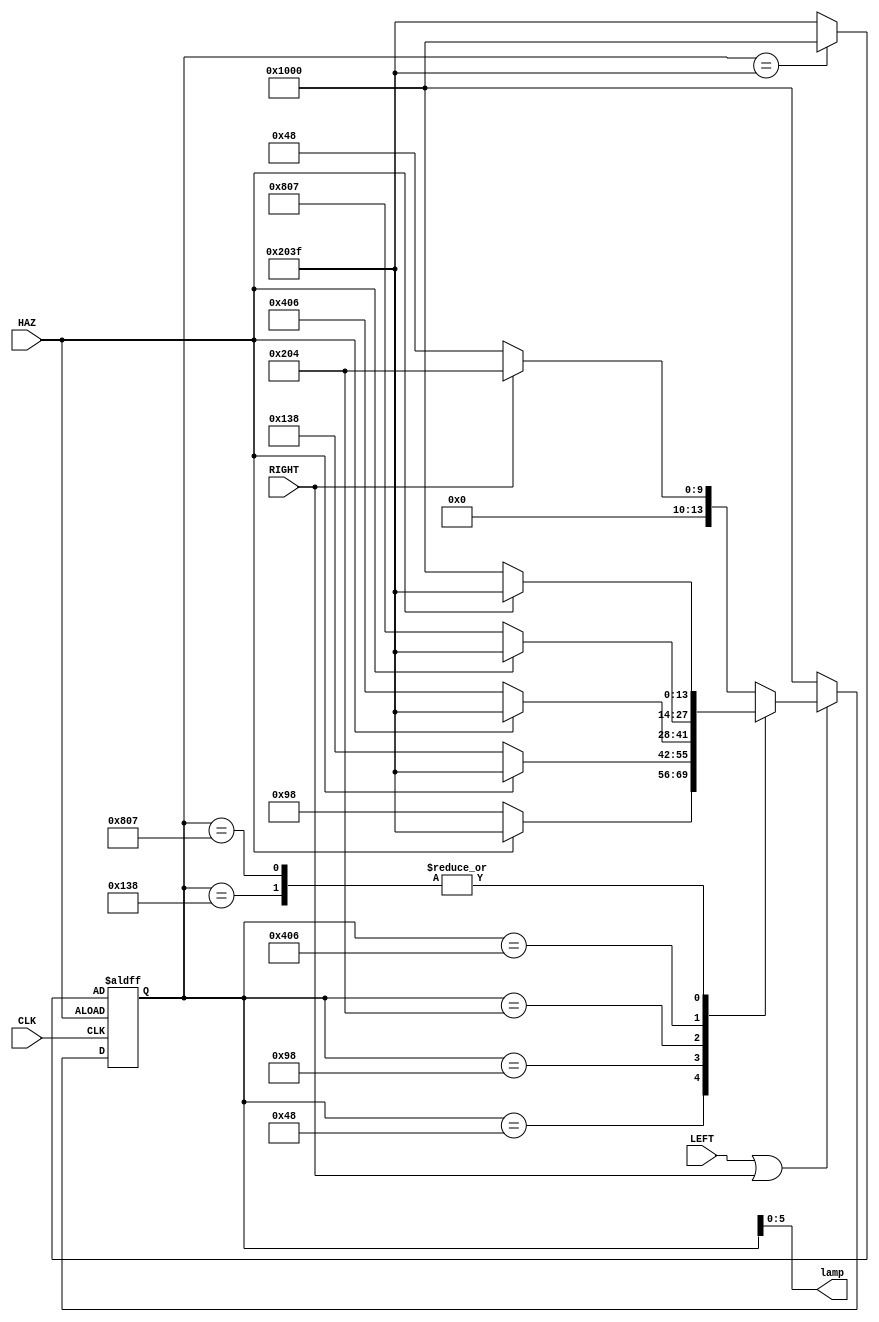
// 
// HAZLEFTRIGHT
// lamp
module taillamp(
    input CLK, HAZ, LEFT, RIGHT,
    output [5:0] lamp
  );

  reg[13:0] CurrentState, NextState;   // outlamp

  // 
  parameter L1 = 14'b00000001_001_000, L2 = 14'b00000010_011_000, L3 = 14'b00000100_111_000;
  parameter R1 = 14'b00001000_000_100, R2 = 14'b00010000_000_110, R3 = 14'b00100000_000_111;
  parameter IDLE = 14'b01000000_000_000, LR3 = 14'b10000000_111_111;

  // 
  always @(posedge CLK, posedge HAZ)
  begin
    if(HAZ)
      CurrentState <= CurrentState == LR3 ? IDLE : LR3;
    else if(LEFT || RIGHT)
      CurrentState <= NextState;
    else
      CurrentState = IDLE;
  end

  // 
  always @(CurrentState, LEFT, RIGHT)
  begin
    case (CurrentState)
      L1 :
        NextState <= HAZ ? LR3 : L2;
      L2 :
        NextState <= HAZ ? LR3 : L3;
      L3 :
        NextState <= HAZ ? LR3 : IDLE;
      R1 :
        NextState <= HAZ ? LR3 : R2;
      R2 :
        NextState <= HAZ ? LR3 : R3;
      R3 :
        NextState <= HAZ ? LR3 : IDLE;
      default:
      begin
        if(RIGHT || LEFT)
          NextState <= RIGHT ? R1 : L1;
        else
          NextState <= IDLE;
      end
    endcase
  end

  // 
  assign lamp = CurrentState[5:0];
endmodule